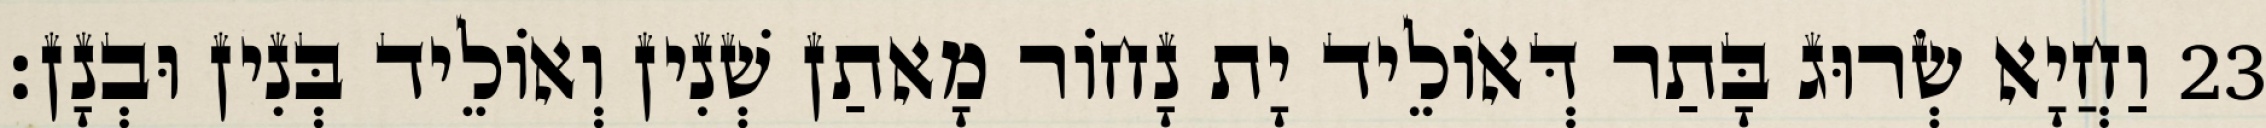
23 וַחֲיָא שְׂרוּג בָּתַר דְּאוֹלֵיד יָת נָחוֹר מָאתַן שְׁנִין וְאוֹלֵיד בְּנִין וּבְנָן׃